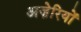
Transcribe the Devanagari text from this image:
अज़ेरियों